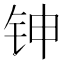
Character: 𬬹